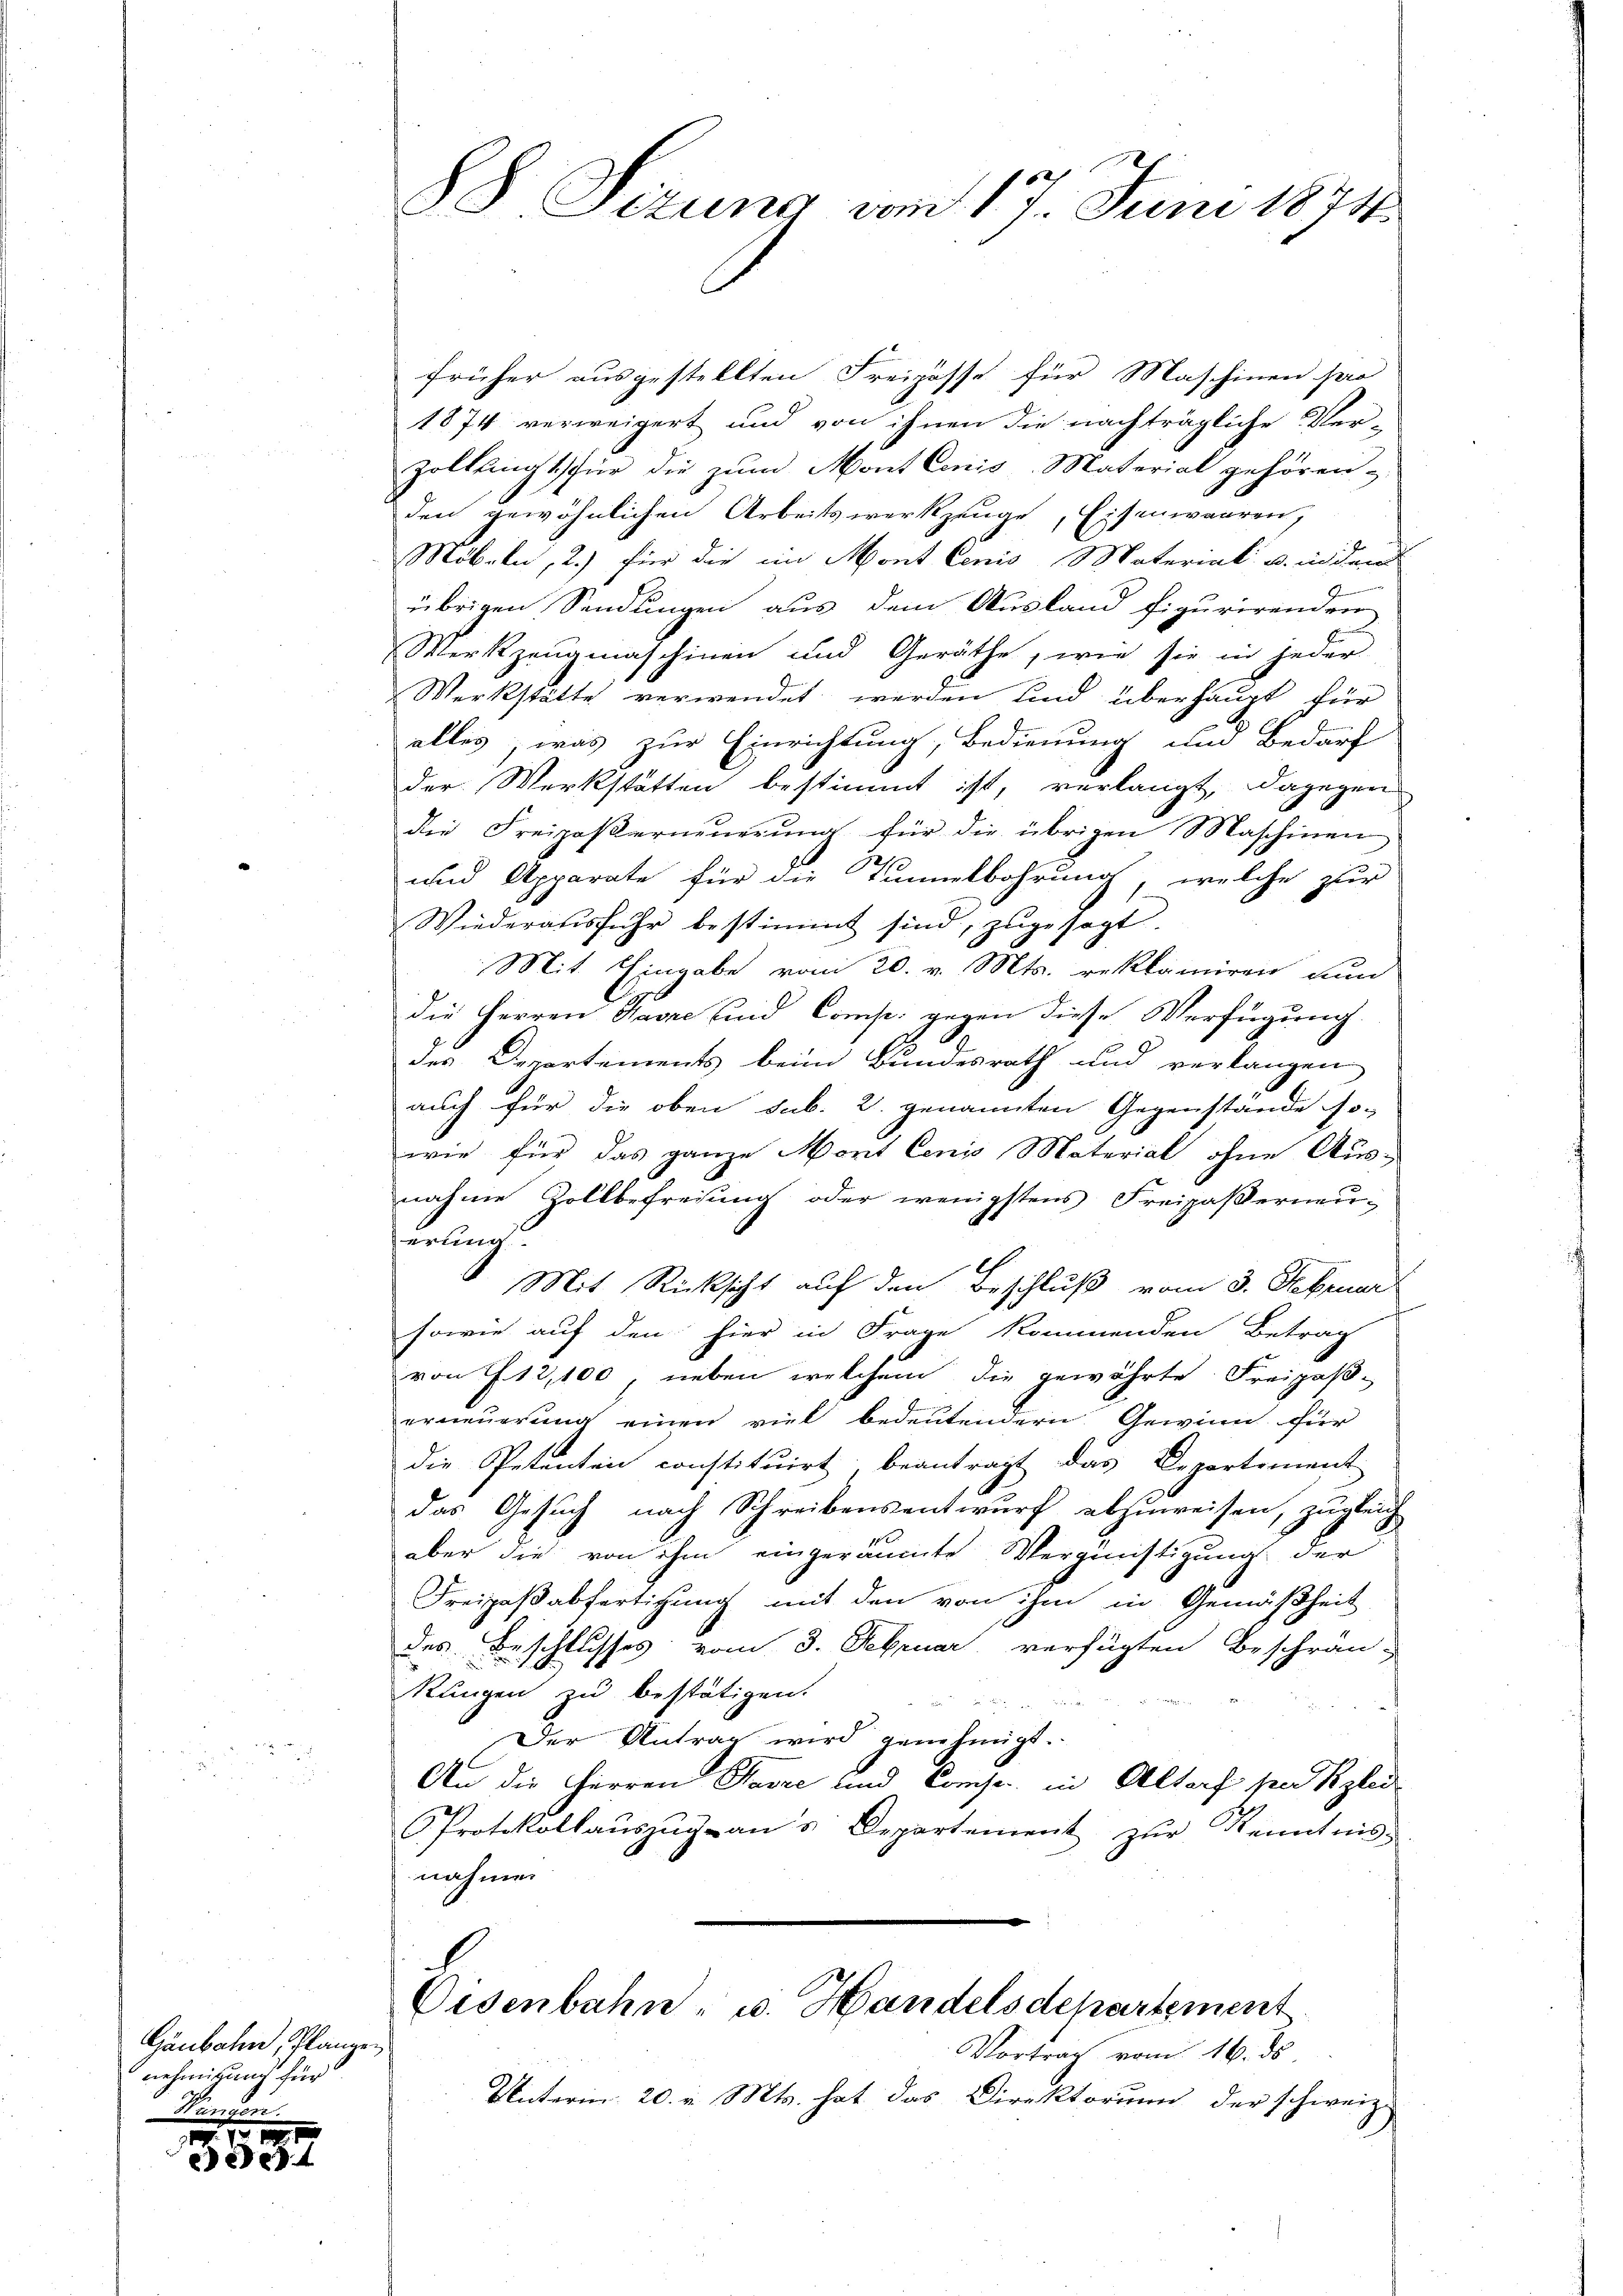
Gänbahn, flanzen.
nehmigung für
Vinden

1
4

88 Sizung vom 17. Juni 1874.

früher ausgestellten Freizösse für Maschinen pro
1874 verweigert und von ihnen die nachträgliche Ver-
Zoltung für die zum Mont Conis-Material gehören,
den gewöhnlichen Arbeitswerkzeuge, Eisenwaaren,
Möbeln, 2.) für die im Mont Cenis Material u. inden
übrigen Sendungen aus dem Ausland figurirenden
Werkzeugmaschinen und Geräthe, wie sie in jeder
Werkstätte verwendet werden und überhaupt für
alles, was zur Einrichtung, Bedienung um Bedarf
der Werkstätten bestimmt ist, verlangt, dagegen
die Freizoβerneŭerŭng für die übrigen Maschinen
p
und Apparate für die Tunnelbohrung, welche zur
Wiederausfuhr bestimmt sind, zugesagt.
Mit Eingabe vom 20. v. Mts. reklamiren ann
die Herren Havre und Comp. gegen diese Verfügung
des Departements beim Bundesrath und verlangen
auch für die oben sub. 2. genannten Gegenstände so-
wie für das ganze Ment Cenis Material ohne Aus-
nahme Zollbefreiung oder wenigstens Freipaserneu-
erung
Mit Rücksicht auf den Beschluß vom 3. Februar
sowie auf den hier in Frage kommenden Betrag
von 13,100, neben welchem die gewährte Freiposerneuerung einen viel bedeutendern Gewinn für
die Petenten constituirt, beantragt das Departement
das Gesuch nach Schreibensentwurf abzuweisen, zugleich
aber die von ihm eingeräumte Vergünstigung der
Freipaßabfertigung mit den von ihm in Gemäßheit
des Beschlusses vom 3. Februar, verfügten Beschrän-
Rungen zu bestätigen.
Der Antrag wird genehmigt.
An die Herren Havre und Conser in Altorf sind glei
Protokollaŭszŭg an s Departement zur Kenntnis-
nahmen
Eisenbahn- u. Handelsdepartement
Vortrag vom 16. ds
Unterm 20. v. Mts. hat das Direktorium der schweiz.